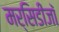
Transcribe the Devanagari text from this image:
मर्सिडीजॉ